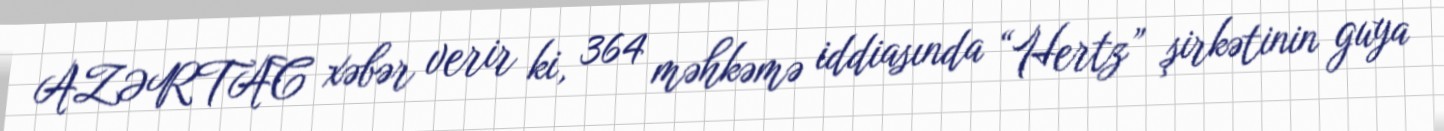
AZƏRTAC xəbər verir ki, 364 məhkəmə iddiasında “Hertz” şirkətinin guya